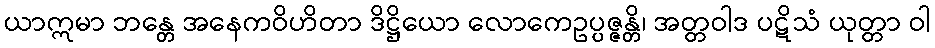
ယာဣမာ ဘန္တေ အနေကဝိဟိတာ ဒိဋ္ဌိယော လောကေဥပ္ပဇ္ဇန္တိ၊ အတ္တဝါဒ ပဋိသံ ယုတ္တာ ဝါ